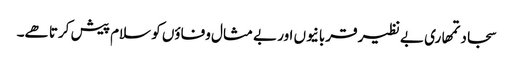
سجاد تمھاری بے نظیر قربانیوں اور بے مثال وفاؤں کو سلام پیش کرتا ھے۔